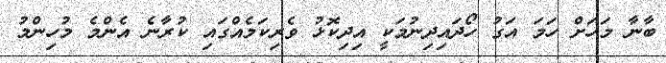
ބާނާ މަހަށް ހަމަ އަގު ހޯދައިދިނުމަކީ އިދިކޮޅު ވެރިކަމެއްގައި ކުރާނެ އެންމެ މުހިންމު